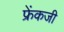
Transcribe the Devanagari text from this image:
फ्रेंकजी